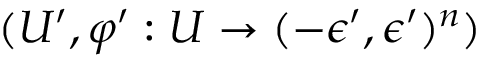
( U ^ { \prime } , \varphi ^ { \prime } : U \to ( - \epsilon ^ { \prime } , \epsilon ^ { \prime } ) ^ { n } )